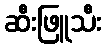
ဆီးဖြူသီး